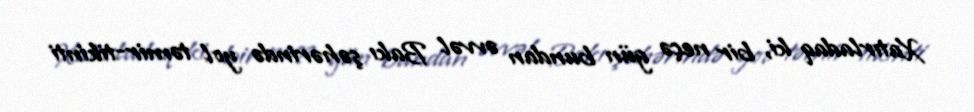
Xatırladaq ki, bir neçə gün bundan əvvəl Bakı şəhərində yol təmir-tikinti